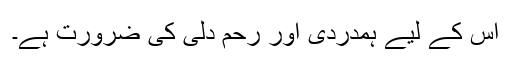
اس کے لیے ہمدردی اور رحم دلی کی ضرورت ہے۔